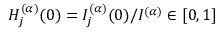
H _ { j } ^ { ( \alpha ) } ( 0 ) = I _ { j } ^ { ( \alpha ) } ( 0 ) / I ^ { ( \alpha ) } \in [ 0 , 1 ]